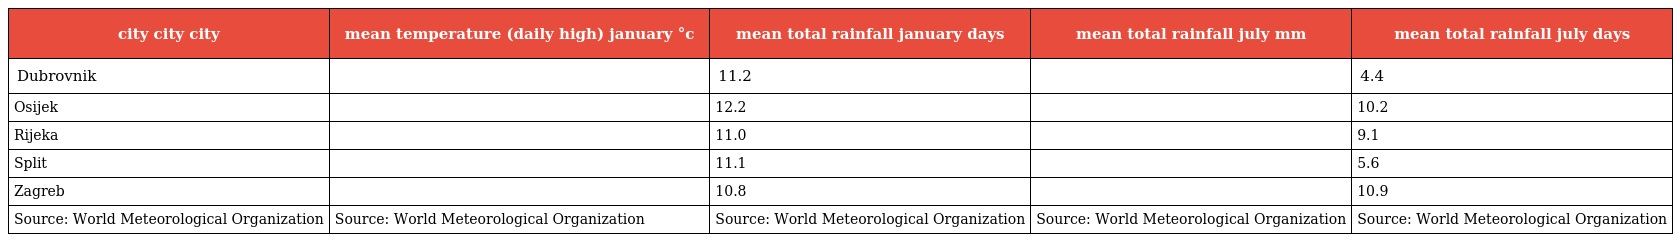
| city city city | mean temperature (daily high) january °c | mean total rainfall january days | mean total rainfall july mm | mean total rainfall july days |
 | --- | --- | --- | --- | --- |
 | Dubrovnik |  | 11.2 |  | 4.4 |
 | Osijek |  | 12.2 |  | 10.2 |
 | Rijeka |  | 11.0 |  | 9.1 |
 | Split |  | 11.1 |  | 5.6 |
 | Zagreb |  | 10.8 |  | 10.9 |
 | Source: World Meteorological Organization | Source: World Meteorological Organization | Source: World Meteorological Organization | Source: World Meteorological Organization | Source: World Meteorological Organization |